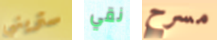
ستريني نقي مسرح